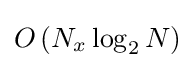
O\left(N_{x}\log _{2}N\right)